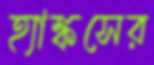
হ্যাঙ্কসের